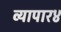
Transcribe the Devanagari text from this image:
व्यापार४